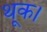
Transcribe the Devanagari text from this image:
थूक।